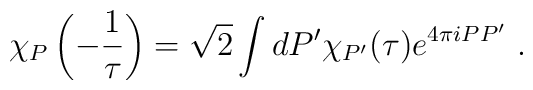
\chi_{P} \left(- \frac{1}{\tau} \right) =  \sqrt{2} \int d P' \chi_{P'} (\tau) e^{4 \pi i P P'} ~.